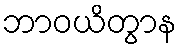
ဘာဝယိတွာန